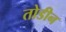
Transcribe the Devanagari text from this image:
तोडीन